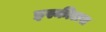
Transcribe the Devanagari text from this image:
इस्कीलस